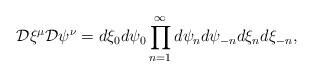
\begin{align*}{\cal D}\xi^\mu {\cal D} \psi ^\nu = d\xi_0 d\psi _0 \prod_{n =1}^{\infty}d\psi _n d\psi _{-n} d\xi_n d\xi_{-n} ,\end{align*}